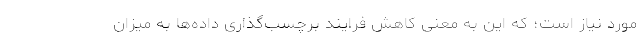
مورد نیاز است؛ که این به معنی کاهش فرایند برچسب‌گذاری داده‌ها به میزان